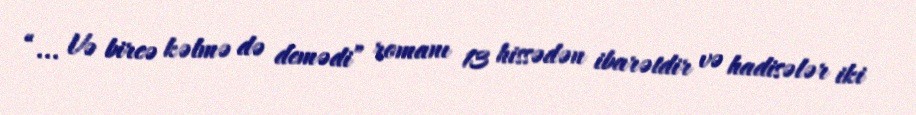
“... Və bircə kəlmə də demədi” romanı 13 hissədən ibarətdir və hadisələr iki